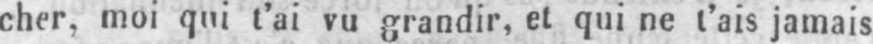
cher, moi qui l’ai vu grandir, et qui ne t’ais jamais